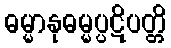
ဓမ္မာနုဓမ္မပ္ပဋိပတ္တိ